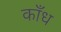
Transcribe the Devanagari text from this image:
काँध